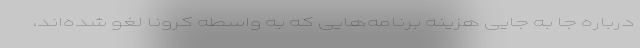
درباره جا به جایی هزینه برنامه‌هایی که به واسطه کرونا لغو شده‌اند،